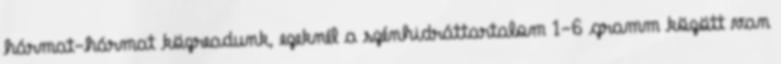
hármat-hármat közreadunk, ezeknél a szénhidráttartalom 1-6 gramm között van